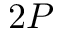
2 P